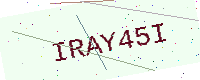
Text: IRAY45I